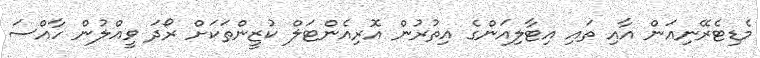
މެޑިޓެރޭނިއަން އާއި ތައި އިޓާލިއަންގެ އިތުރުން އޮރިއެންޓަލް ކުޒީންތަކަށް ރޯދަ ވީއްލުން ހާއްސަ